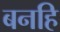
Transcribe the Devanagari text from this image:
बनहि